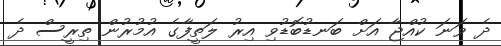
ދެ ވަނަ ކުއްޖާ އަށް ބަނޑުބޮޑުވި އިރު ލަތީފާގެ އުމުރުން ތިރީސް ދެ